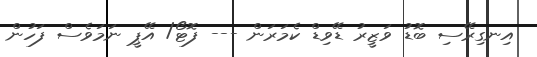
އިނގިރޭސި ބޮޑު ވަޒީރު ޑޭވިޑް ކެމަރަން --- ފޮޓޯ/ އޭޕީ ނަމަވެސް ފަހުން